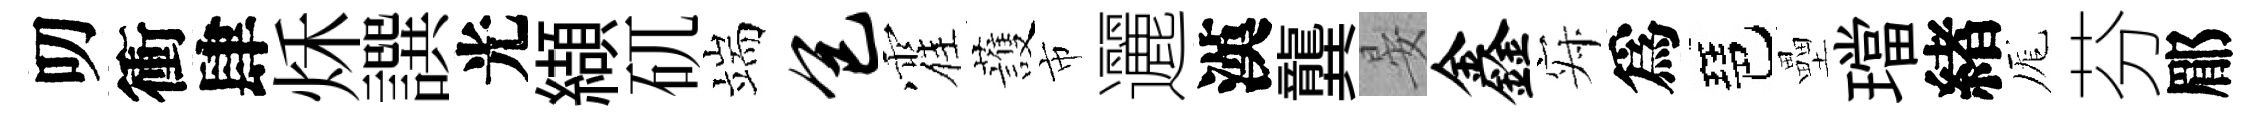
叨衝肆秌譔光纈矹端包霍䕶市邐漢龔晏鑫寂爲琶壘璫緖厖芬郿